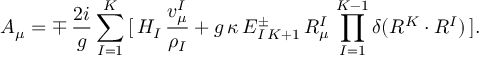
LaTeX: A _ { \mu } = \mp \, { \frac { 2 i } { g } } \sum _ { I = 1 } ^ { K } \, [ \, H _ { I } \, { \frac { v _ { \mu } ^ { I } } { \rho _ { I } } } + g \, \kappa \, E _ { I \, K + 1 } ^ { \pm } \, R _ { \mu } ^ { I } \, \prod _ { I = 1 } ^ { K - 1 } \delta ( R ^ { K } \cdot R ^ { I } ) \, ] .